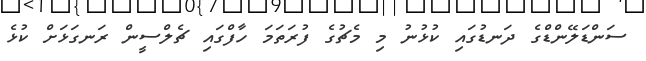
ސަންޑަލޭންޑްގެ ދަނޑުގައި ކުޅުނު މި މެޗުގެ ފުރަތަމަ ހާފްގައި ޗެލްސީން ރަނގަޅަށް ކުޅެ